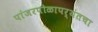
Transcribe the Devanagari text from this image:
पांजरपोळापर्यंतचा